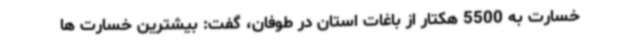
خسارت به 5500 هکتار از باغات استان در طوفان، گفت: بیشترین خسارت ها